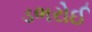
ડભરોઈ